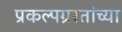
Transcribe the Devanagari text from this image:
प्रकल्पग्रस्तांच्या